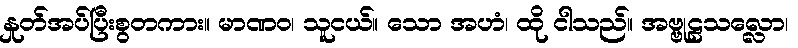
နှုတ်အပ်ပြီးစွတကား။ မာဏဝ၊ သူငယ်။ သော အဟံ၊ ထို ငါသည်။ အဗ္ဗုဠသလ္လော၊